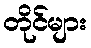
တိုင်များ